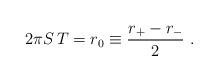
LaTeX: \begin{align*}2 \pi S\, T = r_0 \equiv {r_+ - r_- \over 2} \ .\end{align*}